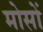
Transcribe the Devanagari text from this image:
मोसों